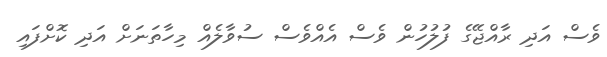
ވެސް އަދި ރާއްޖޭގެ ފުލުހުން ވެސް އެއްވެސް ސުވާލެއް މިހާތަނަށް އަދި ކޮށްފައި